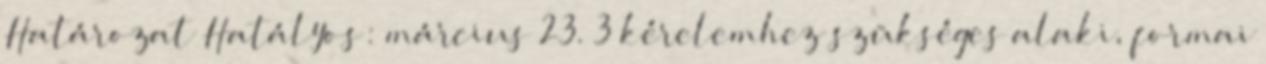
Határozat Hatályos: március 23. 3 kérelemhez szükséges alaki, formai